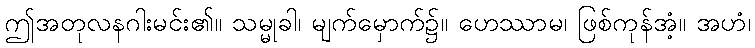
ဤအတုလနဂါးမင်း၏။ သမ္မုခါ၊ မျက်မှောက်၌။ ဟေဿာမ၊ ဖြစ်ကုန်အံ့။ အဟံ၊